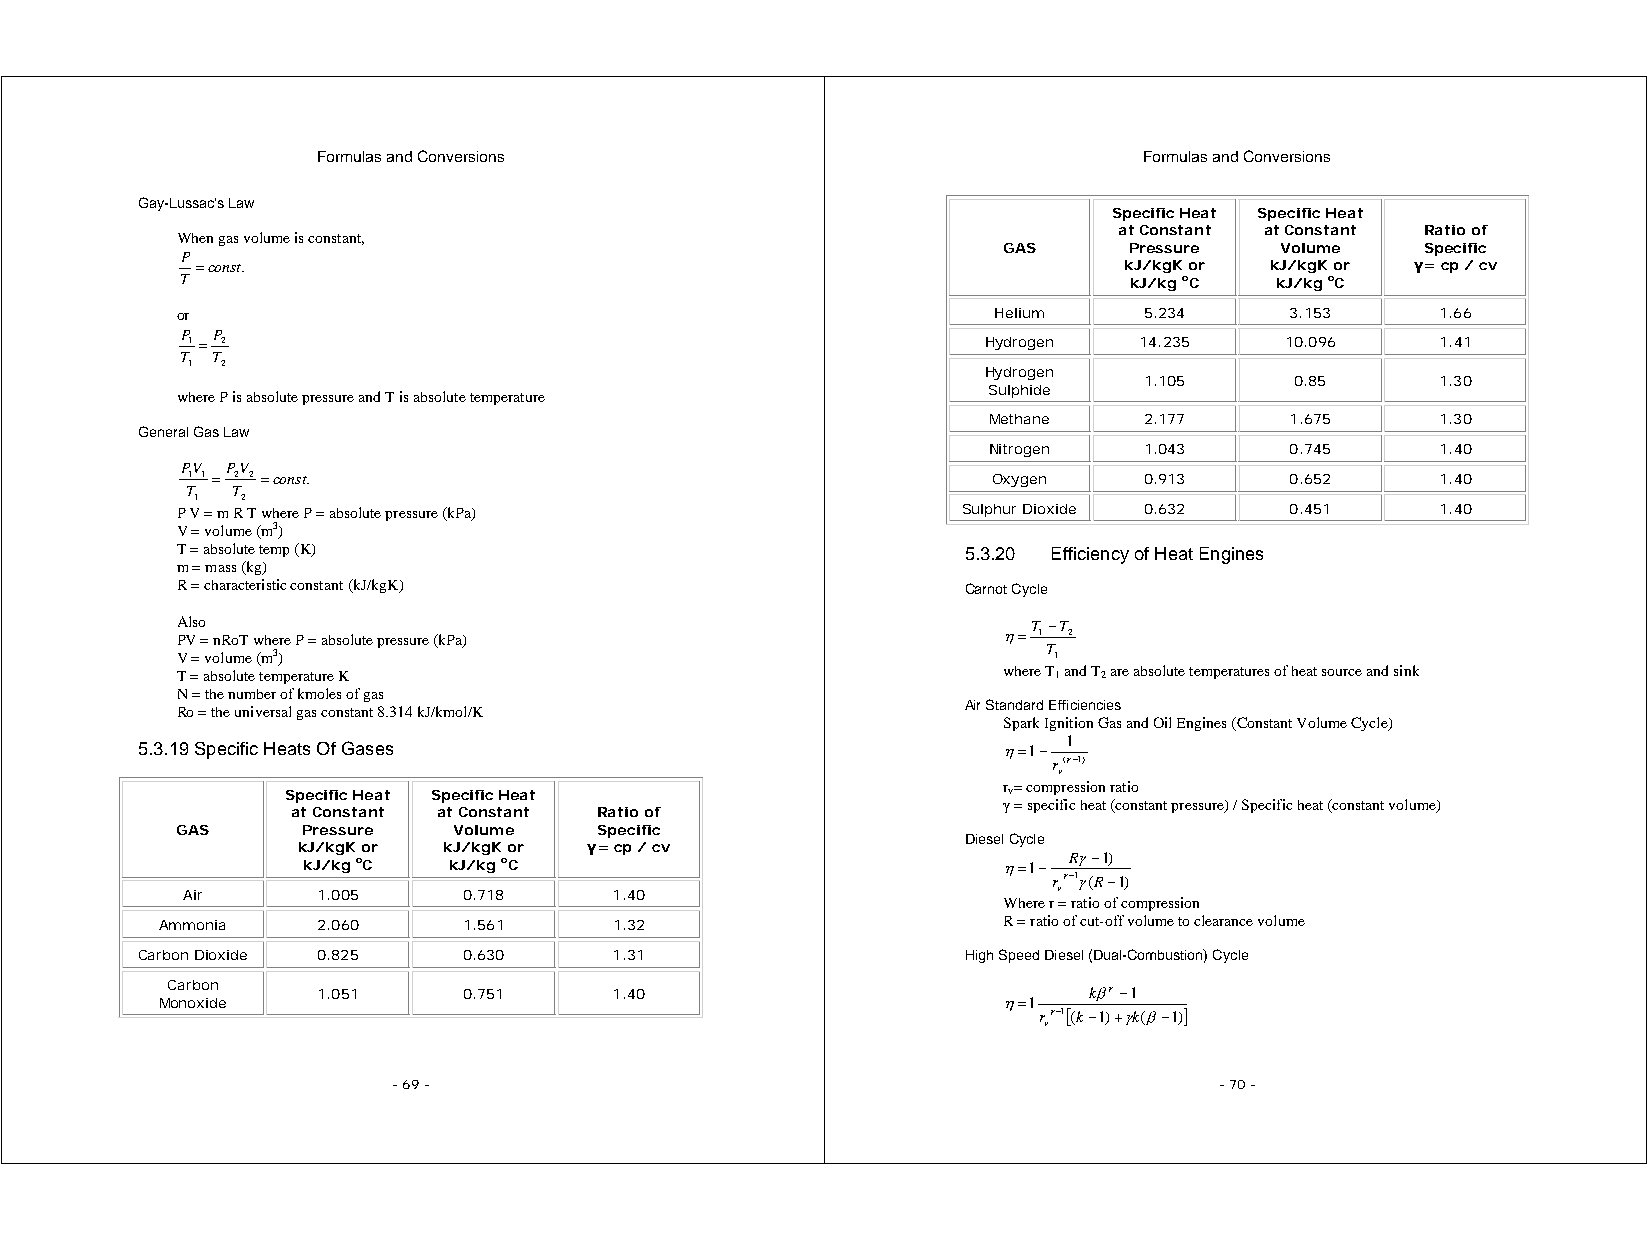
Formulas and Conversions                               Formulas and Conversions
 Gay-Lussac's Law
 Specific Heat Specific Heat
 at Constant at Constant Ratio of
 When gas volume is constant,
 GAS      Pressure  Volume   Specific
 P
 =const.                                                      kJ/kgK or kJ/kgK or γ= cp / cv
 T                                                              kJ/kg oC kJ/kg oC
 or                                                    Helium    5.234    3.153     1.66
 P P
 1 = 2                                                Hydrogen  14.235    10.096    1.41
 T T
 1  2
 Hydrogen
 1.105     0.85     1.30
 Sulphide
 where P is absolute pressure and T is absolute temperature
 Methane    2.177    1.675     1.30
 General Gas Law
 Nitrogen   1.043    0.745     1.40
 PV PV
 1 1 = 2 2 =const.                                     Oxygen    0.913    0.652     1.40
 T  T
 1  2
 P V = m R T where P = absolute pressure (kPa)       Sulphur Dioxide 0.632 0.451    1.40
 V = volume (m3)
 T = absolute temp (K)                               5.3.20 Efficiency of Heat Engines
 m = mass (kg)
 R = characteristic constant (kJ/kgK)                Carnot Cycle
 Also                                                    T −T
 PV = nRoT where P = absolute pressure (kPa)           η= 1 2
 V = volume (m3)                                          T 1
 T = absolute temperature K                            where T1 and T2 are absolute temperatures of heat source and sink
 N = the number of kmoles of gas
 Ro = the universal gas constant 8.314 kJ/kmol/K     Air Standard Efficiencies
 Spark Ignition Gas and Oil Engines (Constant Volume Cycle)
 1
 5.3.19 Specific Heats Of Gases                           η=1−
 r v(γ−1)
 Specific Heat Specific Heat
 rv= compression ratio
 γ = specific heat (constant pressure) / Specific heat (constant volume)
 at Constant at Constant Ratio of
 GAS     Pressure  Volume    Specific
 Diesel Cycle
 kJ/kgK or kJ/kgK or γ= cp / cv
 kJ/kg oC  kJ/kg oC                            η=1− Rγ−1)
 rγ−1γ(R−1)
 Air      1.005     0.718     1.40                         v
 Where r = ratio of compression
 Ammonia   2.060     1.561     1.32                     R = ratio of cut-off volume to clearance volume
 Carbon Dioxide 0.825  0.630     1.31                   High Speed Diesel (Dual-Combustion) Cycle
 Carbon    1.051     0.751     1.40                           kβγ−1
 Monoxide                                                η=1
 rγ−1[(k−1)+γk(β−1)]
 v
 - 69 -                                                 - 70 -